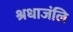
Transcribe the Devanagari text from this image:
श्रधाजंलि